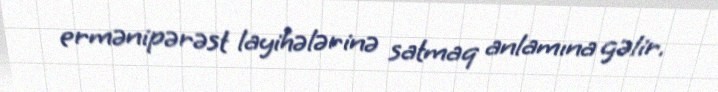
ermənipərəst layihələrinə satmaq anlamına gəlir.